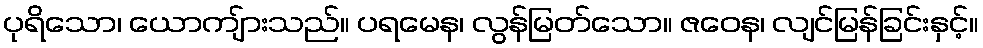
ပုရိသော၊ ယောကျ်ားသည်။ ပရမေန၊ လွန်မြတ်သော။ ဇဝေန၊ လျင်မြန်ခြင်းနှင့်။